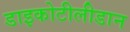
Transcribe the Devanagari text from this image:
डाइकोटीलीडान